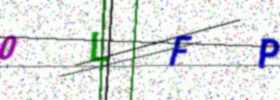
Text: 0LFP